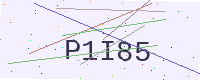
Text: P1I85